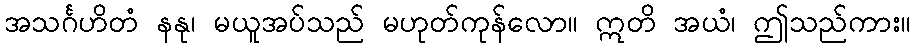
အသင်္ဂဟိတံ နနု၊ မယူအပ်သည် မဟုတ်ကုန်လော။ ဣတိ အယံ၊ ဤသည်ကား။